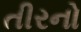
તીરનો